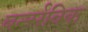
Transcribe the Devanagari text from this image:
बर्न्सविक